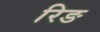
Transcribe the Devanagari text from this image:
रिङ